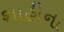
શાહીના